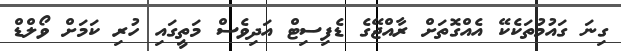
ގިނަ ގައުމުތަކެކޭ އެއްގޮތަށް ރާއްޖޭގެ ޑެފިސިޓް އަދިވެސް މަތީގައި ހުރި ކަމަށް ވޯލްޑް